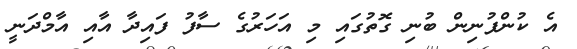
އެ ކުންފުނިން ބުނި ގޮތުގައި މި އަހަރުގެ ސާފު ފައިދާ އާއި އާމްދަނީ